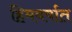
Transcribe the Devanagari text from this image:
हिमवर्षात